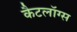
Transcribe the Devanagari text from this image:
कैटलॉग्स